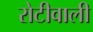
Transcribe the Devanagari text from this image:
रोटीवाली